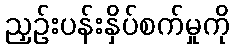
ညှဉ်းပန်းနှိပ်စက်မှုကို